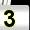
Digit: 3